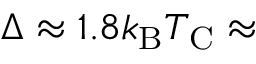
\Delta \approx 1 . 8 k _ { \mathrm { B } } T _ { \mathrm { C } } \approx